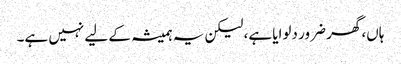
ہاں، گھر ضرور دلوایا ہے، لیکن یہ ہمیشہ کے لیے نہیں ہے۔